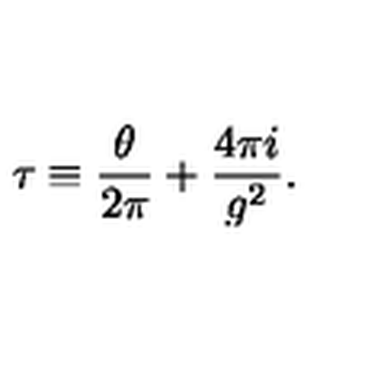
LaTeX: \tau \equiv \frac { \theta } { 2 \pi } + \frac { 4 \pi i } { g ^ { 2 } } .